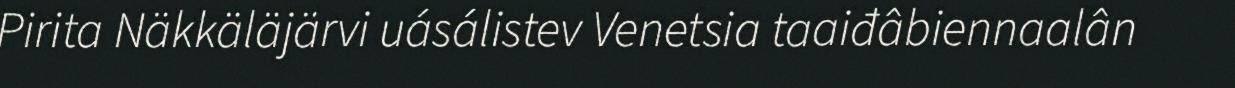
Pirita Näkkäläjärvi uásálistev Venetsia taaiđâbiennaalân